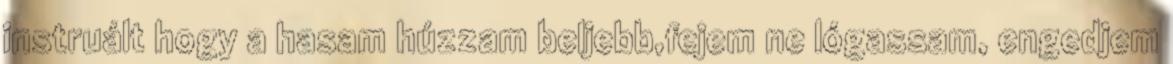
instruált hogy a hasam húzzam beljebb,fejem ne lógassam, engedjem